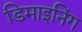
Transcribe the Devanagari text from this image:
डिमाइनिंग